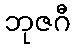
ဘုဇဂီ